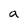
Character: a